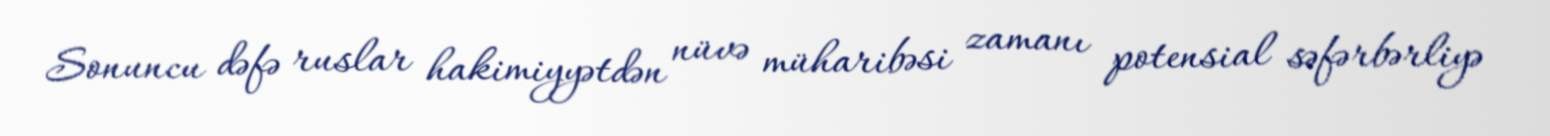
Sonuncu dəfə ruslar hakimiyyətdən nüvə müharibəsi zamanı potensial səfərbərliyə